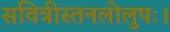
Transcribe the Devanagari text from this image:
सवित्रीस्तनलोलुपः।